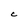
Character: C